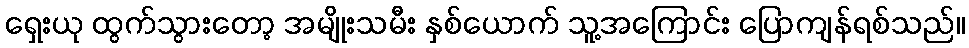
ရှေးယု ထွက်သွားတော့ အမျိုးသမီး နှစ်ယောက် သူ့အကြောင်း ပြောကျန်ရစ်သည်။